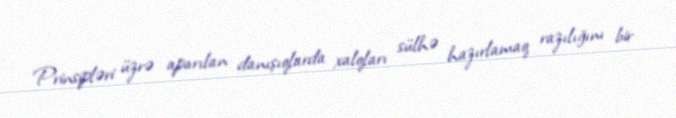
Prinsipləri üzrə aparılan danışıqlarda xalqları sülhə hazırlamaq razılığını bir